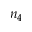
n _ { 4 }